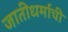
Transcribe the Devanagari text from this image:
जातीधर्माची